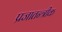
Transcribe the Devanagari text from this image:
प्रजातन्त्रीक